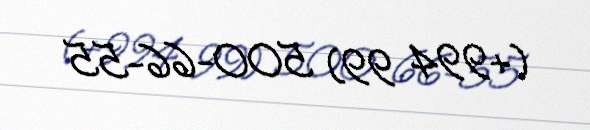
(+994 99) 500-66-55